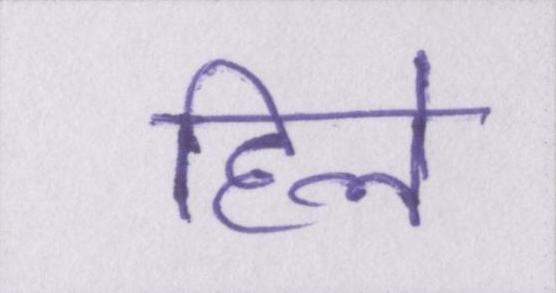
हिले